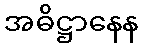
အဓိဋ္ဌာနေန